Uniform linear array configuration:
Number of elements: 48
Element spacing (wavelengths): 1
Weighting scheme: blackman
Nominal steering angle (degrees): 45
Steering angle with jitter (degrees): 46.11
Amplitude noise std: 0.05
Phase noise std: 0.05

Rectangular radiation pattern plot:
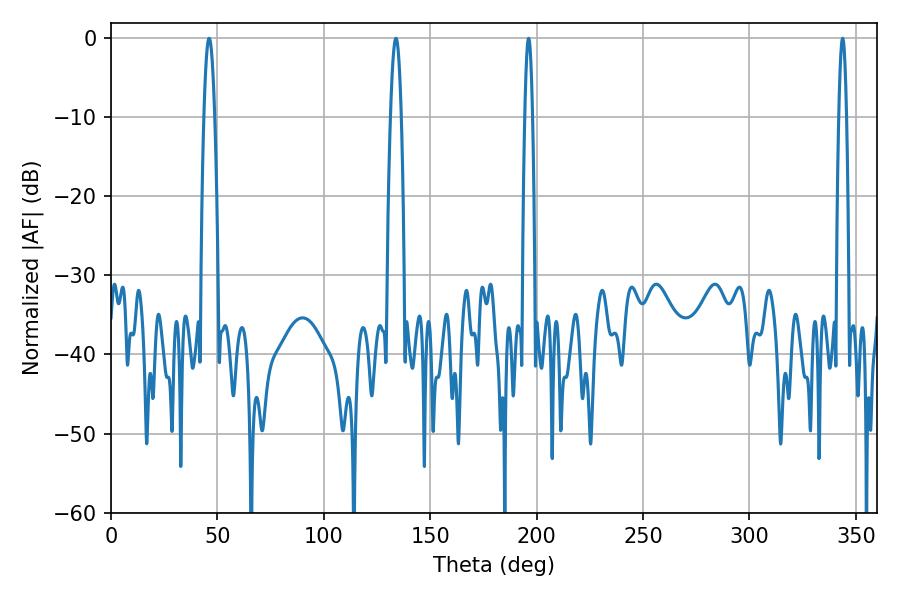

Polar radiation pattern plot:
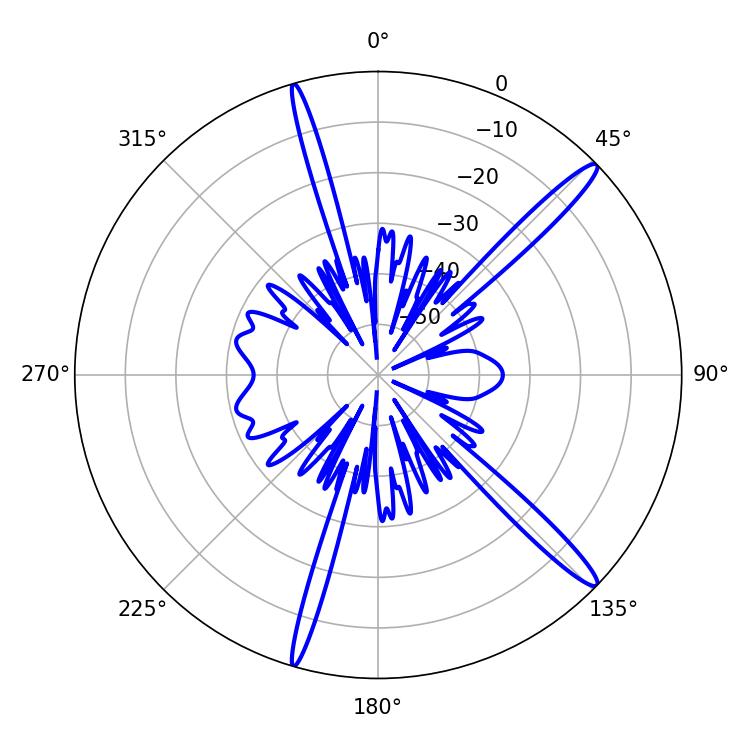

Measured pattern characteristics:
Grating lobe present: TRUE
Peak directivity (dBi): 15.63
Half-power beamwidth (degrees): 2.7
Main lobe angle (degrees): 46.08